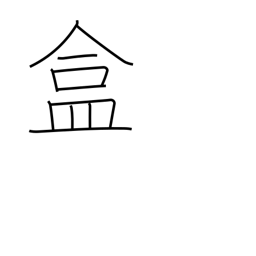
Meaning: covered utensil